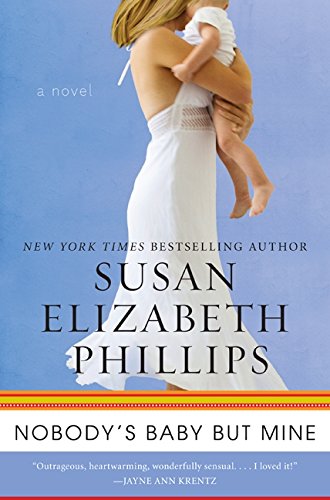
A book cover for Nobody's Baby But Mine: A Novel (Chicago Stars); Susan Elizabeth Phillips; Romance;